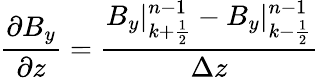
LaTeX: \frac{\partial B_{y}}{\partial z}=\frac{B_{y}|_{k+\frac{1}{2}}^{n-1}-B_{y}|_{k-\frac{1}{2}}^{n-1}}{\Delta z}